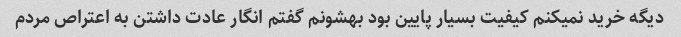
دیگه خرید نمیکنم کیفیت بسیار پایین بود بهشونم گفتم انگار عادت داشتن به اعتراص مردم